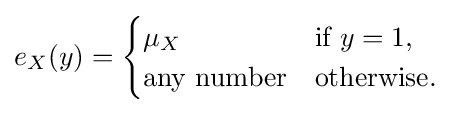
e_{X}(y)={\begin{cases}\mu _{X}&{\text{if }}y=1,\\{\text{any number}}&{\text{otherwise.}}\end{cases}}